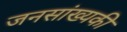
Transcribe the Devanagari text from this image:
जनसांख्यकी